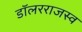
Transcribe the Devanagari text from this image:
डॉलरराजस्व